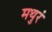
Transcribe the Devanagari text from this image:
मथुरं